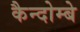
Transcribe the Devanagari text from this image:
कैन्दोम्बे